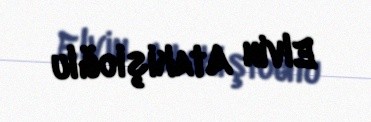
Elvin Atakişioğlu